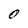
Character: 0